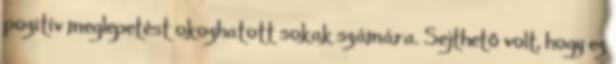
pozitív meglepetést okozhatott sokak számára. Sejthető volt, hogy ez